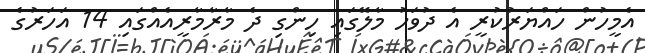
އެމީހުން ހައްޔަރުކުރީ އެ ދުވަހު މާލޭގައި ހިންގި ދެ މާރާމާރީއެއްގައި 14 އަހަރުގެ